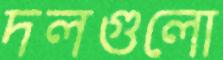
দলগুলো